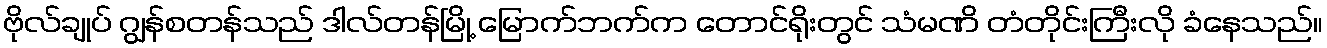
ဗိုလ်ချုပ် ဂျွန်စတန်သည် ဒါလ်တန်မြို့ မြောက်ဘက်က တောင်ရိုးတွင် သံမဏိ တံတိုင်းကြီးလို ခံနေသည်။